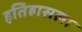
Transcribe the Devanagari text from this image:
इतिहासला